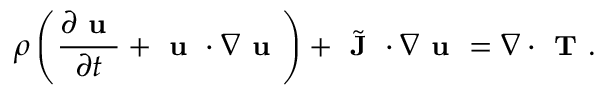
\small \rho \left( \frac { \partial \textbf { u } } { \partial t } + \textbf { u } \cdot \nabla \textbf { u } \right) + \Tilde { \textbf { J } } \cdot \nabla \textbf { u } = \nabla \cdot \textbf { T } .